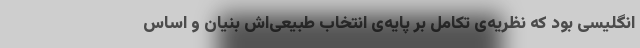
انگلیسی بود که نظریه‌ی تکامل بر پایه‌ی انتخاب طبیعی‌اش بنیان و اساس